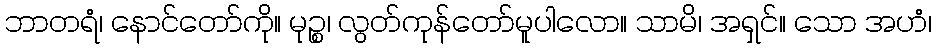
ဘာတရံ၊ နောင်တော်ကို။ မုဉ္စ၊ လွတ်ကုန်တော်မူပါလော။ သာမိ၊ အရှင်။ သော အဟံ၊